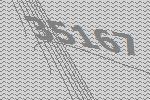
35167